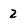
Character: 2